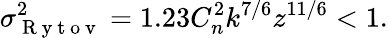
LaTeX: \sigma_{\mathrm{~R~y~t~o~v~}}^{2}=1.23C_{n}^{2}k^{7/6}z^{11/6}<1.